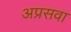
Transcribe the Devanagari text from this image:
अप्रसवा